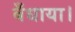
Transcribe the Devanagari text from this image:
बँधाया।